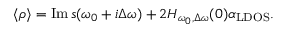
\begin{array} { r } { \langle \rho \rangle = \operatorname { I m } s ( \omega _ { 0 } + i \Delta \omega ) + 2 H _ { \omega _ { 0 } , \Delta \omega } ( 0 ) \alpha _ { \mathrm { L D O S } } . } \end{array}